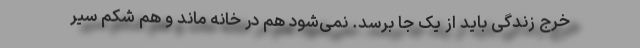
خرج زندگی باید از یک جا برسد. نمی‌شود هم در خانه ماند و هم شکم سیر